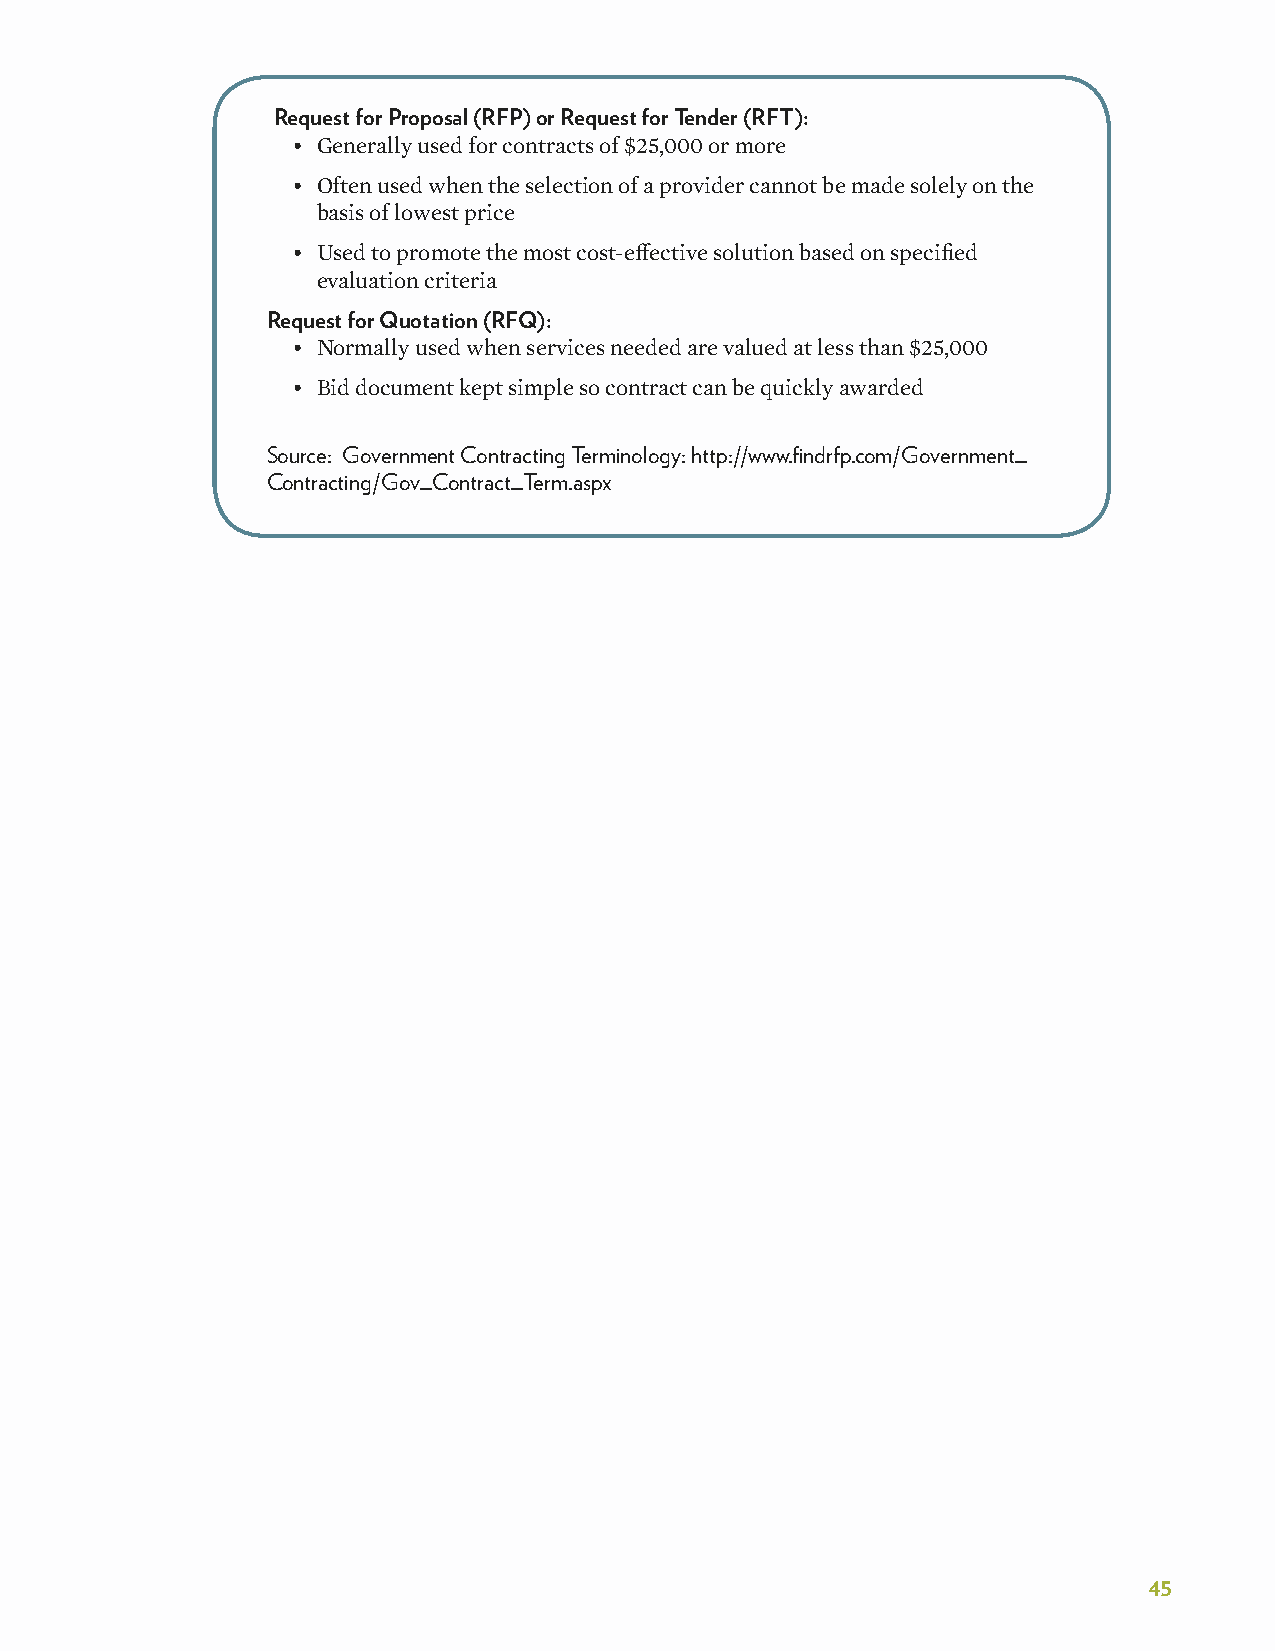
Request for Proposal (RFP) or Request for Tender (RFT):
 • Generally used for contracts of $25,000 or more
 • Often used when the selection of a provider cannot be made solely on the
 basis of lowest price
 • Used to promote the most cost-effective solution based on specified
 evaluation criteria
 Request for Quotation (RFQ):
 • Normally used when services needed are valued at less than $25,000
 • Bid document kept simple so contract can be quickly awarded
 Source: Government Contracting Terminology: http://www�findrfp�com/Government_
 Contracting/Gov_Contract_Term�aspx
 45